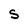
Character: S